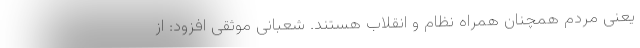
یعنی مردم همچنان همراه نظام و انقلاب هستند. شعبانی موثقی افزود: از